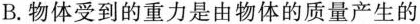
B.物体受到的重力是由物体的质量产生的